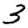
Digit: 3